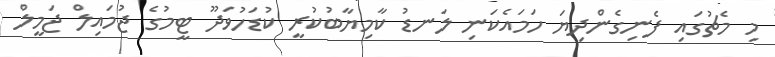
މި މެޗުގައި ފެނިގެންދިޔަ ހަމައެކަނި ލަނޑު ކާމިޔާބުކުރީ ކުޑަހުވަދޫ ޓީމުގެ ޖުމައިލް ޖަމީލް